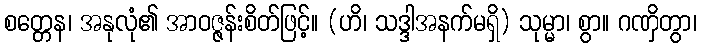
စတ္တေန၊ အနုလုံ၏ အာဝဇ္ဇန်းစိတ်ဖြင့်။ (ဟိ၊ သဒ္ဒါအနက်မရှိ) သုမ္မာ၊ စွာ။ ဂဏှိတွာ၊